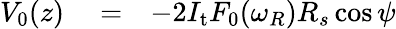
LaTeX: \begin{array}{rlr}{V_{0}(z)}&{{}=}&{-2I_{\mathrm{t}}F_{0}(\omega_{R})R_{s}\cos\psi}\end{array}